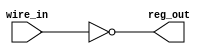
module io_block (
    input wire wire_in,
    output reg reg_out
);

assign reg_out = ~wire_in;

endmodule